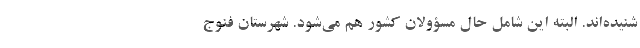
شنیده‌اند. البته این شامل حال مسؤولان کشور هم می‌شود. شهرستان فنوج